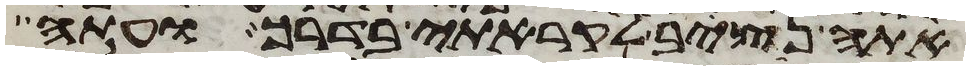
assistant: אתה נצב לקראתי בדרך ועתה